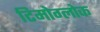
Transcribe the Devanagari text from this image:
टिमोग्लोक